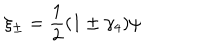
LaTeX: \xi _ { \pm } = \frac { 1 } { 2 } ( 1 \pm \gamma _ { 4 } ) \psi